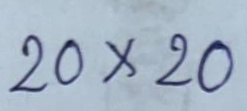
20 x 20